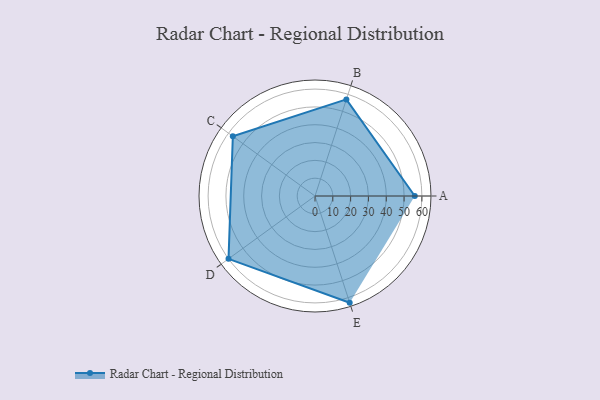
{"axis": {"x": "Skill", "y": "Score"}, "legend": ["Profile"], "data": [{"x": "A", "y": 56.0, "type": "Profile"}, {"x": "B", "y": 57.0, "type": "Profile"}, {"x": "C", "y": 57.0, "type": "Profile"}, {"x": "D", "y": 60.0, "type": "Profile"}, {"x": "E", "y": 63.0, "type": "Profile"}]}